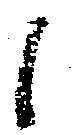
候